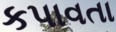
કપાવતા